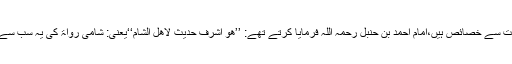
اس حدیث کے بہت سے خصائص ہیں،امام احمد بن حنبل رحمہ اللہ فرمایا کرتے تھے: ’’ھو أشرف حدیث لأھل الشام‘‘یعنی: شامی رواۃ کی یہ سب سے عمدہ حدیث ہے۔